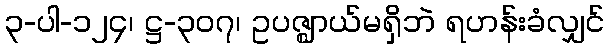
၃-ပါ-၁၂၄၊ ဋ္ဌ-၃၀၇၊ ဥပဇ္ဈာယ်မရှိဘဲ ရဟန်းခံလျှင်